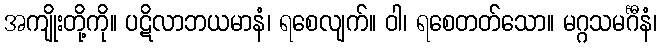
အကျိုးတို့ကို။ ပဋိလာဘယမာနံ၊ ရစေလျက်။ ဝါ၊ ရစေတတ်သော။ မဂ္ဂသမင်္ဂီနံ၊